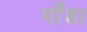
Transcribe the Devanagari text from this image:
गोँडा